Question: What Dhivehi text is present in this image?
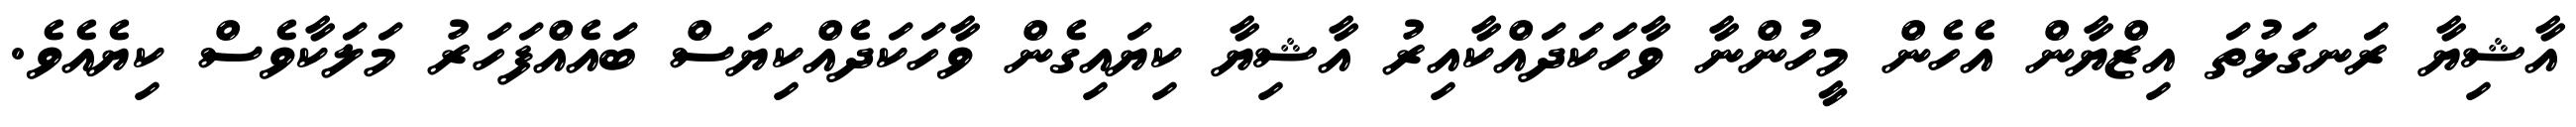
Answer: އާޝިޔާ ރަނގަޅުތަ އިޒްޔާން އެހެން މީހުންނާ ވާހަކަދައްކާއިރު އާޝިޔާ ކިޔައިގެން ވާހަކަދެއްކިޔަސް ބައެއްފަހަރު މަލަކާވެސް ކިޔެއެވެ.